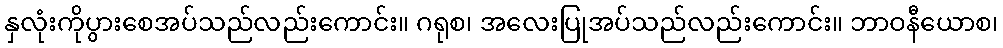
နှလုံးကိုပွားစေအပ်သည်လည်းကောင်း။ ဂရုစ၊ အလေးပြုအပ်သည်လည်းကောင်း။ ဘာဝနီယောစ၊